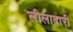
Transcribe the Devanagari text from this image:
लीलाबारी